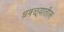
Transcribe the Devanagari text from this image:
धवळ्यातील